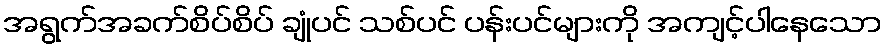
အရွက်အခက်စိပ်စိပ် ချုံပင် သစ်ပင် ပန်းပင်များကို အကျင့်ပါနေသော